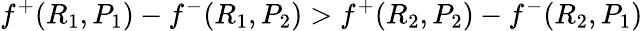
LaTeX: f^{+}(R_{1},P_{1})-f^{-}(R_{1},P_{2})>f^{+}(R_{2},P_{2})-f^{-}(R_{2},P_{1})